画像に写った文字を読んでください
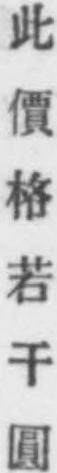
「此價格若干圓」と書いてあります